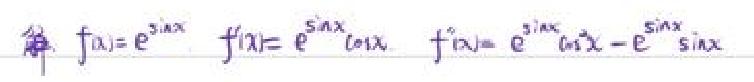
解：$f(x)=e^{\sin x}$，$f^{\prime}(x)=e^{\sin x}\cos x$，$f^{\prime\prime}(x)=e^{\sin x}\cos^{2}x - e^{\sin x}\sin x$